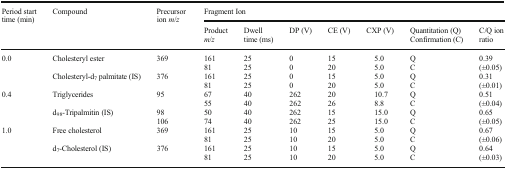
| <ROWSPAN=2> Period start time (min) | <ROWSPAN=2> Compound | <ROWSPAN=2> Precursor ion m/z | <COLSPAN=7> Fragment Ion |
 | Productm/z | Dwell time (ms) | DP (V) | CE (V) | CXP (V) | Quantitation (Q)Confirmation (C) | C/Q ion ratio |
 | --- | --- | --- | --- | --- | --- | --- | --- | --- | --- |
 | <ROWSPAN=4> 0.0 | <ROWSPAN=2> Cholesteryl ester | <ROWSPAN=2> 369 | 161 | 25 | 0 | 15 | 5.0 | Q | <ROWSPAN=2> 0.39(±0.05) |
 | 81 | 25 | 0 | 20 | 5.0 | C |
 | <ROWSPAN=2> Cholesteryl-d7 palmitate (IS) | <ROWSPAN=2> 376 | 161 | 25 | 0 | 15 | 5.0 | Q | <ROWSPAN=2> 0.31(±0.01) |
 | 81 | 25 | 0 | 20 | 5.0 | C |
 | <ROWSPAN=4> 0.4 | <ROWSPAN=2> Triglycerides | <ROWSPAN=2> 95 | 67 | 40 | 262 | 20 | 10.7 | Q | <ROWSPAN=2> 0.51(±0.04) |
 | 55 | 40 | 262 | 26 | 8.8 | C |
 | <ROWSPAN=2> d98-Tripalmitin (IS) | 98 | 50 | 40 | 262 | 15 | 15.0 | Q | <ROWSPAN=2> 0.65(±0.05) |
 | 106 | 74 | 40 | 262 | 25 | 15.0 | C |
 | <ROWSPAN=4> 1.0 | <ROWSPAN=2> Free cholesterol | <ROWSPAN=2> 369 | 161 | 25 | 10 | 15 | 5.0 | Q | <ROWSPAN=2> 0.67(±0.06) |
 | 81 | 25 | 10 | 20 | 5.0 | C |
 | <ROWSPAN=2> d7-Cholesterol (IS) | <ROWSPAN=2> 376 | 161 | 25 | 10 | 15 | 5.0 | Q | <ROWSPAN=2> 0.64(±0.03) |
 | 81 | 25 | 10 | 20 | 5.0 | C |